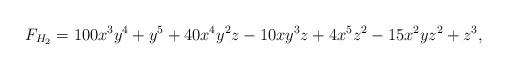
LaTeX: \begin{align*}F_{H_2}=100x^3y^4+y^5+40x^4y^2z-10xy^3z+4x^5z^2-15x^2yz^2+z^3,\end{align*}